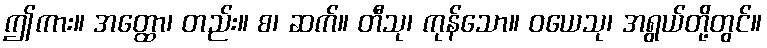
ဤကား။ အတ္ထော၊ တည်း။ စ၊ ဆက်။ တီသု၊ ကုန်သော။ ဝယေသု၊ အရွယ်တို့တွင်။